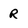
Character: R